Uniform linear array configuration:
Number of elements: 48
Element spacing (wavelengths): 0.25
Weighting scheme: exponential
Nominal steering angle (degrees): -30
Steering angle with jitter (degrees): -29.133
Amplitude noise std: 0.05
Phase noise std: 0.05

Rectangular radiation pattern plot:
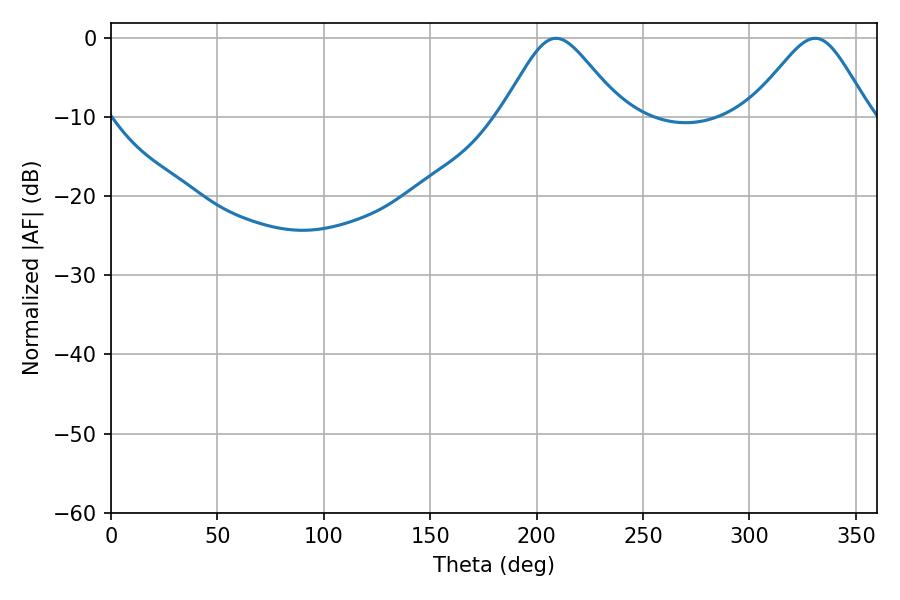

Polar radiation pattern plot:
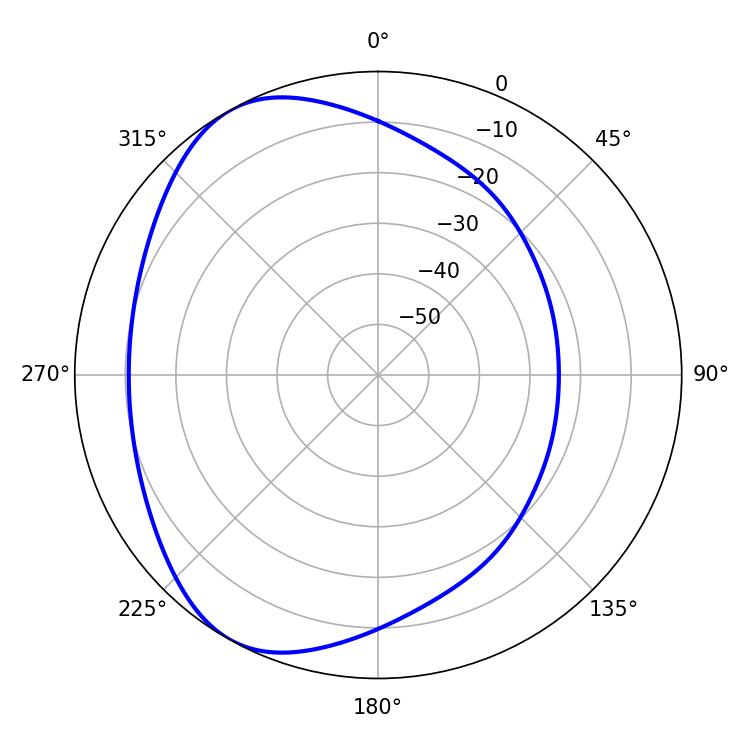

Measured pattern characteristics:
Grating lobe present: FALSE
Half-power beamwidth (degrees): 27.36
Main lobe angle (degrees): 209.16